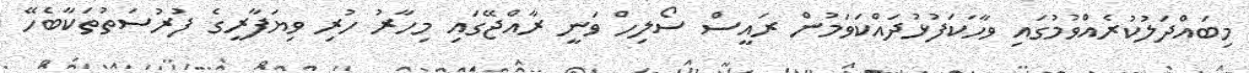
މިބައްދަލުކުރެއްވުމުގައި ވާހަކަފުޅުދައްކަވަމުން ރައީސް ސޯލިހް ވަނީ ރާއްޖޭގައި މިހާރު ހުރި ވިޔަފާރީގެ ފުރުސަތުތަކާބެހޭ